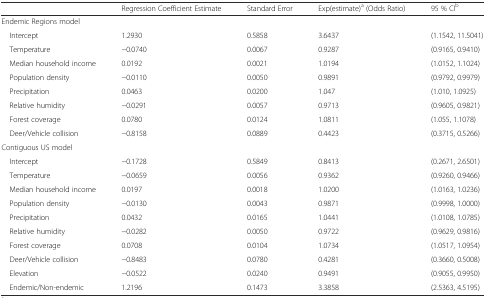
|  | Regression Coefficient Estimate | Standard Error | Exp(estimate)a (Odds Ratio) | 95 % CIb |
 | --- | --- | --- | --- | --- |
 | Endemic Regions model |  |  |  |  |
 | Intercept | 1.2930 | 0.5858 | 3.6437 | (1.1542, 11.5041) |
 | Temperature | −0.0740 | 0.0067 | 0.9287 | (0.9165, 0.9410) |
 | Median household income | 0.0192 | 0.0021 | 1.0194 | (1.0152, 1.1024) |
 | Population density | −0.0110 | 0.0050 | 0.9891 | (0.9792, 0.9979) |
 | Precipitation | 0.0463 | 0.0200 | 1.047 | (1.010, 1.0925) |
 | Relative humidity | −0.0291 | 0.0057 | 0.9713 | (0.9605, 0.9821) |
 | Forest coverage | 0.0780 | 0.0124 | 1.0811 | (1.055, 1.1078) |
 | Deer/Vehicle collision | −0.8158 | 0.0889 | 0.4423 | (0.3715, 0.5266) |
 | Contiguous US model |  |  |  |  |
 | Intercept | −0.1728 | 0.5849 | 0.8413 | (0.2671, 2.6501) |
 | Temperature | −0.0659 | 0.0056 | 0.9362 | (0.9260, 0.9466) |
 | Median household income | 0.0197 | 0.0018 | 1.0200 | (1.0163, 1.0236) |
 | Population density | −0.0130 | 0.0043 | 0.9871 | (0.9998, 1.0000) |
 | Precipitation | 0.0432 | 0.0165 | 1.0441 | (1.0108, 1.0785) |
 | Relative humidity | −0.0282 | 0.0050 | 0.9722 | (0.9629, 0.9816) |
 | Forest coverage | 0.0708 | 0.0104 | 1.0734 | (1.0517, 1.0954) |
 | Deer/Vehicle collision | −0.8483 | 0.0780 | 0.4281 | (0.3660, 0.5008) |
 | Elevation | −0.0522 | 0.0240 | 0.9491 | (0.9055, 0.9950) |
 | Endemic/Non-endemic | 1.2196 | 0.1473 | 3.3858 | (2.5363, 4.5195) |